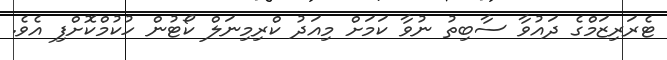
ޓެރަރިޒަމްގެ ދައުވާ ސާބިތު ނުވާ ކަމަށް މިއަދު ކްރިމިނަލް ކޯޓުން ހުކުމްކޮށްފި އެވެ.